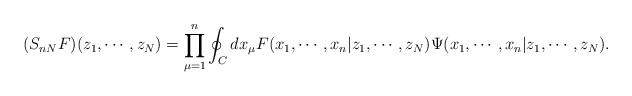
\begin{align*}(S_{n N} F)(z_1,\cdots ,z_N)=\prod_{\mu =1}^{n} \oint_{C} dx_{\mu }F(x_1 , \cdots , x_n | z_1 , \cdots , z_N )\Psi (x_1 , \cdots , x_n | z_1 , \cdots , z_N ).\end{align*}